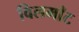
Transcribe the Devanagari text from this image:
विलमाँट